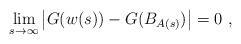
LaTeX: \begin{align*}\lim_{s\to\infty} \left| G(w(s)) - G(B_{A(s)}) \right| = 0\ , \end{align*}